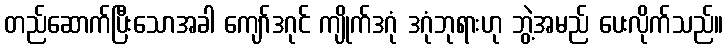
တည်ဆောက်ပြီးသောအခါ ကျော်ဒဂုင် ကျိုက်ဒဂုံ ဒဂုံဘုရားဟု ဘွဲ့အမည် ပေးလိုက်သည်။